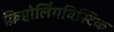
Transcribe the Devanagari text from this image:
क्रिप्टोलिंगविस्टिक